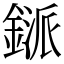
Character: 鎃